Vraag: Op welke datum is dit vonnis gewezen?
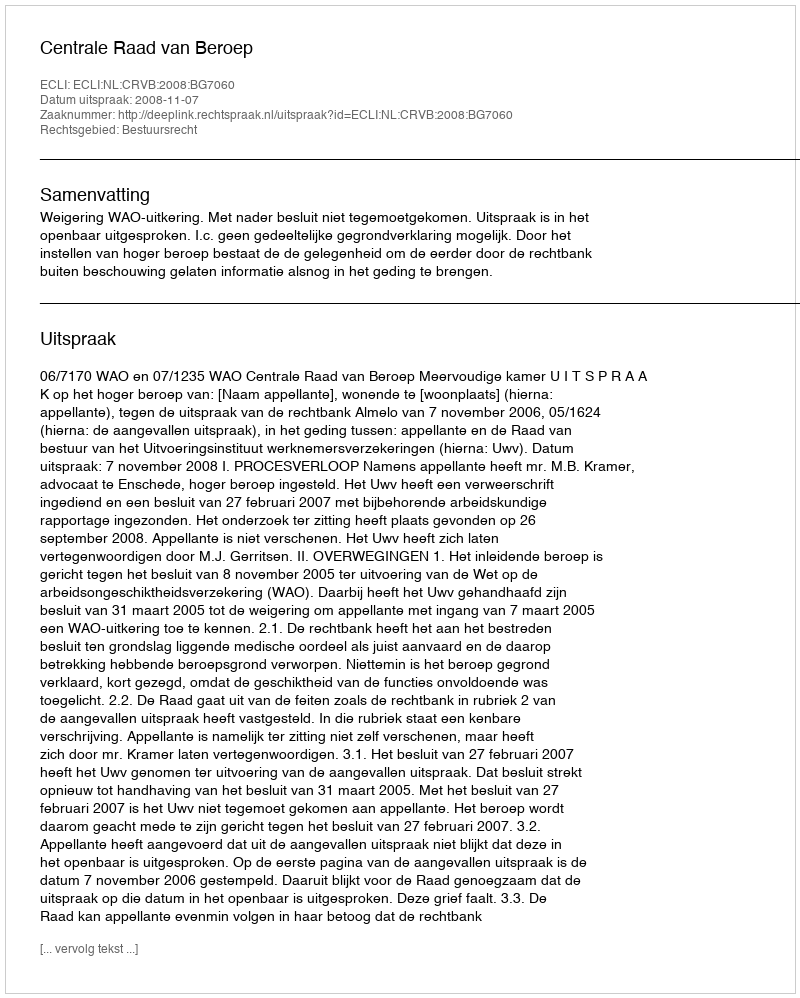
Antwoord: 2008-11-07